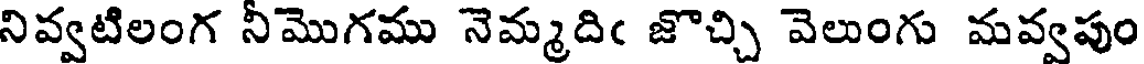
నివ్వటిలంగ నీమొగము నెమ్మదిఁ జొచ్చి వెలుంగు మవ్వపుం